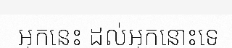
អ្នកនេះ ដល់អ្នកនោះទេ